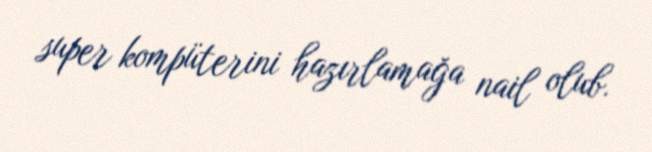
super kompüterini hazırlamağa nail olub.